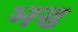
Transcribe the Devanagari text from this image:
भड